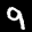
Label: 9